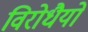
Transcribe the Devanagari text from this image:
विरोधैयो